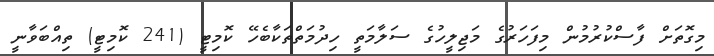
މިގޮތަށް ފާސްކުރުމުން މިފަހަރުގެ މަޖިލީހުގެ ސަލާމަތީ ހިދުމަތްތަކާބެހޭ ކޮމިޓީ (241 ކޮމިޓީ) ތިއްބަވާނީ